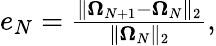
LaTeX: \begin{array}{r}{e_{N}=\frac{\| \boldsymbol{\Omega}_{N+1}-\boldsymbol{\Omega}_{N}\| _{2}}{\| \boldsymbol{\Omega}_{N}\| _{2}},}\end{array}